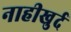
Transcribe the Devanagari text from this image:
नाहीखुर्द